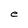
Character: e